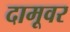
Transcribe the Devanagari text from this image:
दामूवर